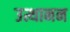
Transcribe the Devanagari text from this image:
उत्थानन